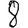
Digit: 8